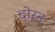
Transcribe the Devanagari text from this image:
दोरन